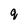
Character: q